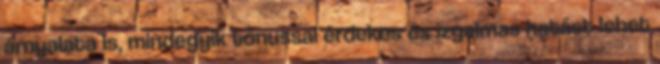
árnyalata is, mindegyik tónussal érdekes és izgalmas hatást lehet